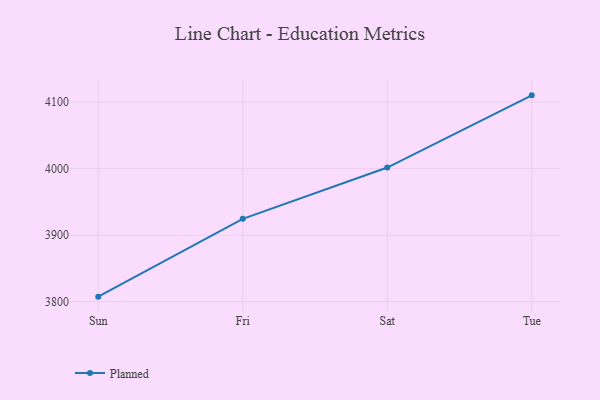
{"axis": {"x": "Day", "y": "Operating Costs (USD K)"}, "legend": ["Planned"], "data": [{"x": "Sun", "y": 3807.6, "type": "Planned"}, {"x": "Fri", "y": 3924.5, "type": "Planned"}, {"x": "Sat", "y": 4001.6, "type": "Planned"}, {"x": "Tue", "y": 4110.1, "type": "Planned"}]}